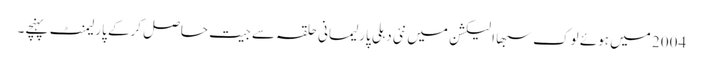
2004 میں ہوئے لوک سبھا الیکشن میں نئی دہلی پارلیمانی حلقہ سے جیت حاصل کرکے پارلیمنٹ پہنچے۔